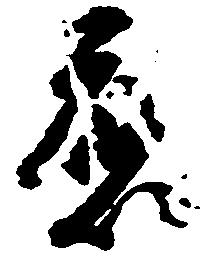
応